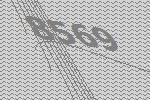
8569